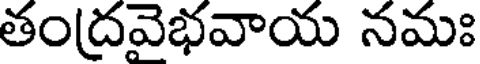
తంద్రవెభవాయ నమః